Annual statistical returns and brief notes on vaccination in Bengal - 1909-1929
Year: 1909
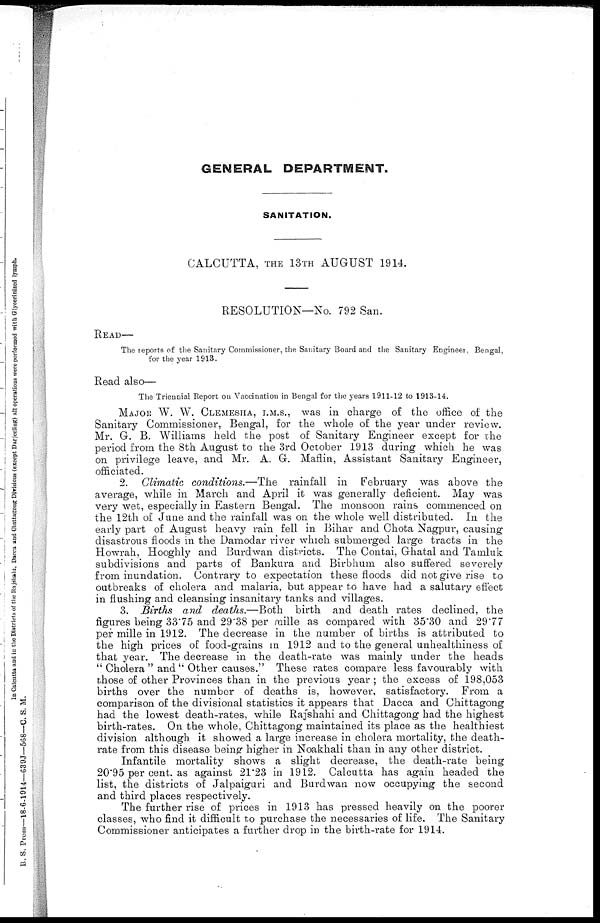
GENERAL DEPARTMENT.
SANITATION.
CALCUTTA, THE 13TH AUGUST 1914.
RESOLUTION—No. 792 San.
READ—
The reports of the Sanitary Commissioner, the Sanitary Board and the Sanitary Engineer, Bengal,
for the year 1913.
Read also—
The Triennial Report on Vaccination in Bengal for the years 1911-12 to 1913-14.
MAJOR W. W. CLEMESHA, I.M.S., was in charge of the office of the
Sanitary Commissioner, Bengal, for the whole of the year under review.
Mr. G. B. Williams held the post of Sanitary Engineer except for the
period from the 8th August to the 3rd October 1913 during which he was
on privilege leave, and Mr. A. G. Maflin, Assistant Sanitary Engineer,
officiated.
2. Climatic conditions.—The rainfall in February was above the
average, while in March and April it was generally deficient. May was
very wet, especially in Eastern Bengal. The monsoon rains commenced on
the 12th of June and the rainfall was on the whole well distributed. In the
early part of August heavy rain fell in Bihar and Chota Nagpur, causing
disastrous floods in the Damodar river which submerged large tracts in the
Howrah, Hooghly and Burdwan districts. The Contai, Ghatal and Tamluk
subdivisions and parts of Bankura and Birbhum also suffered severely
from inundation. Contrary to expectation these floods did not give rise to
outbreaks of cholera and malaria, but appear to have had a salutary effect
in flushing and cleansing insanitary tanks and villages.
3. Births and deaths.—Both birth and death rates declined, the
figures being 33.75 and 29.38 per mille as compared with 35.30 and 29.77
per mille in 1912. The decrease in the number of births is attributed to
the high prices of food-grains in 1912 and to the general unhealthiness of
that year. The decrease in the death-rate was mainly under the heads
" Cholera " and " Other causes." These rates compare less favourably with
those of other Provinces than in the previous year ; the excess of 198,053
births over the number of deaths is, however, satisfactory. From a
comparison of the divisional statistics it appears that Dacca and Chittagong
had the lowest death-rates, while Rajshahi and Chittagong had the highest
birth-rates. On the whole, Chittagong maintained its place as the healthiest
division although it showed a large increase in cholera mortality, the death-
rate from this disease being higher in Noakhali than in any other district.
Infantile mortality shows a slight decrease, the death-rate being
20.95 per cent. as against 21.23 in 1912. Calcutta has again headed the
list, the districts of Jalpaiguri and Burdwan now occupying the second
and third places respectively.
The further rise of prices in 1913 has pressed heavily on the poorer
classes, who find it difficult to purchase the necessaries of life. The Sanitary
Commissioner anticipates a further drop in the birth-rate for 1914.